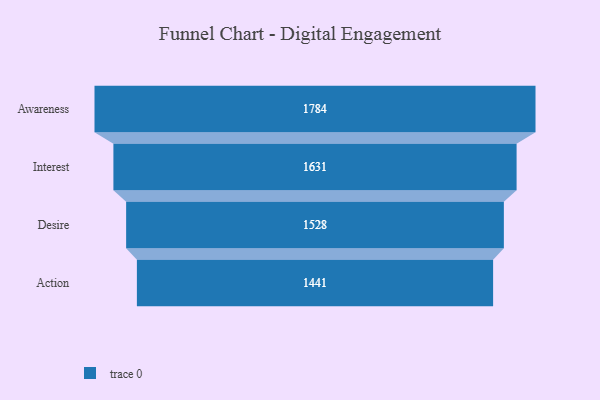
{"axis": {"x": "Stage", "y": "Value"}, "legend": [""], "data": [{"x": "Awareness", "y": 1784.0, "type": ""}, {"x": "Interest", "y": 1631.0, "type": ""}, {"x": "Desire", "y": 1528.0, "type": ""}, {"x": "Action", "y": 1441.0, "type": ""}]}